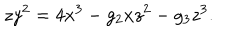
LaTeX: z y ^ { 2 } = 4 x ^ { 3 } - g _ { 2 } x z ^ { 2 } - g _ { 3 } z ^ { 3 } .